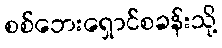
စစ်ဘေးရှောင်စခန်းသို့